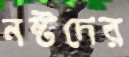
নষ্টদের